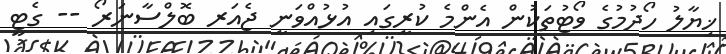
ޚިޔާލު ހޯދުމުގެ ވޯޓުތަކުން އެންމެ ކުރީގައި އުޅުއްވަނީ ޖެއަރ ބޮލްސާނަރޯ -- ގެޓީ